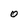
Character: 0